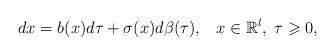
LaTeX: \begin{align*} dx =b( x)d\tau+\sigma( x)d \beta (\tau),\;\;\; x\in\mathbb{R}^l,\; \tau\geqslant0, \end{align*}